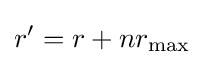
r'=r+nr_{\mathrm {max} }